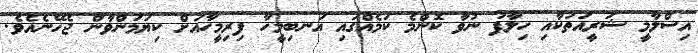
އިސްލާމީ ޝަރީއަތަކާއި ހިލާފު ނުވާ ކޮންމެ ކަމެއްގައި އަނބިމީހާ ފިރިމީހާއަށް ކިޔަމަންވާން ޖެހޭނެއެވެ.